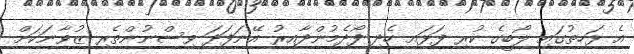
އެ ޅަހިތުގައި ލޯބީގެ ކުރި ފަޅައި ހެދި ފޯދެމުންދާއިރު އޭނަފަދަ ވިސްނުންތެރި ޒުވާނަކަށް